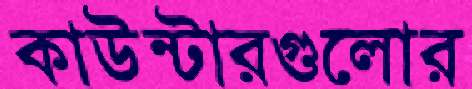
কাউন্টারগুলোর